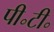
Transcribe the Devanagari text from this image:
पी॰टी॰